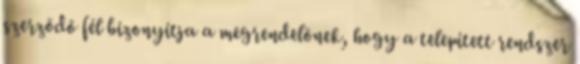
szerzõdõ fél bizonyítja a megrendelõnek, hogy a telepített rendszer